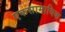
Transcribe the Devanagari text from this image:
एकसामायिक